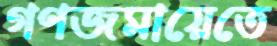
গণজমায়েতে